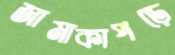
জামাকাপড়ে